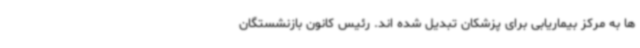
ها به مرکز بیماریابی برای پزشکان تبدیل شده اند. رئیس کانون بازنشستگان